Civil Veterinary Department. Central Provinces & Berar 1932-41 - 1932-1941
Year: 1932
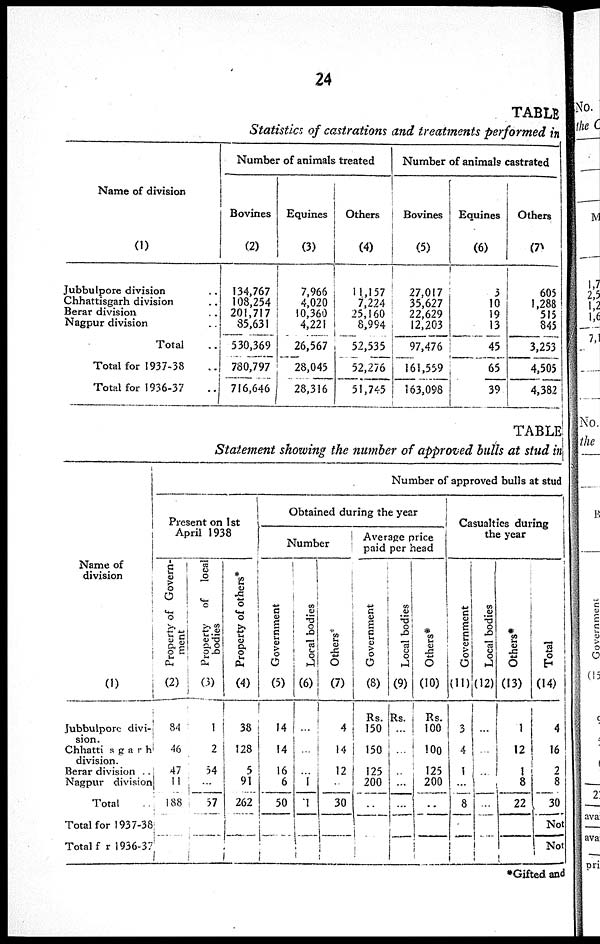
24
TABLE
Statistics of castrations and treatments performed in
Name of division
(1)
Jubbulpore division ..
Chhattisgarh division ..
Berar division ..
Nagpur division ..
Total ..
Total for 1937-38 ..
Total for 1936-37 ..
Number of animals treated
Bovines
(2)
134,767
108,254
201,717
85,631
530,369
780,797
716,646
Equines
(3)
7,966
4,020
10,360
4,221
26,567
28,045
28,316
Others
(4)
11,157
7,224
25,160
8,994
52,535
52,276
51,745
Number of animals castrated
Bovines
(5)
27,017
35,627
22,629
12,203
97,476
161,559
163,098
Equines
(6)
3
10
19
13
45
65
39
Others
(7)
605
1,288
515
845
3,253
4,505
4,382
TABLE
Statement showing the number of approved bulls at stud in
Name of
division
(1)
Jubbulpore divi-
sion.
Chhattisgarh
division.
Berar division ..
Nagpur division
Total ..
Total for 1937-38
Total for 1936-37
Number of approved bulls at stud
Present on 1st
April 1938
Property of Govern-
ment
(2)
84
46
47
11
188
Property of
local
bodies
(3)
1
2
54
...
57
Property of others*
(4)
38
128
5
91
262
Obtained during the year
Number
Government
(5)
14
14
16
6
50
Local bodies
(6)
...
...
...
1
1
Others*
(7)
4
14
12
..
30
Average price
paid per head
Government
(8)
Rs.
150
150
125
200
..
Local bodies
(9)
Rs.
...
...
..
...
...
Others*
(10)
Rs.
100
100
125
200
..
Casualties during
the year
Government
(11)
3
4
1
...
8
Local bodies
(12)
...
...
...
..
...
Others*
(13)
1
12
1
8
22
Total
(14)
4
16
2
8
30
Not
Not
*Gifted and